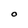
Character: O